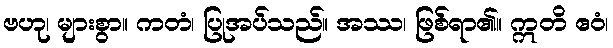
ဗဟု၊ များစွာ။ ကတံ၊ ပြုအပ်သည်။ အဿ၊ ဖြစ်ရာ၏။ ဣတိ ဧဝံ၊